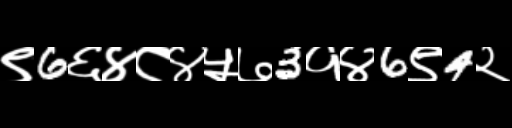
Text: ९6६४८४५७3१४6९4२